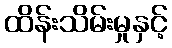
ထိန်းသိမ်းမှုနှင့်